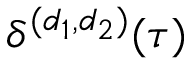
\delta ^ { ( d _ { 1 } , d _ { 2 } ) } ( \tau )